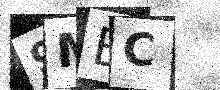
Text: 9MBC